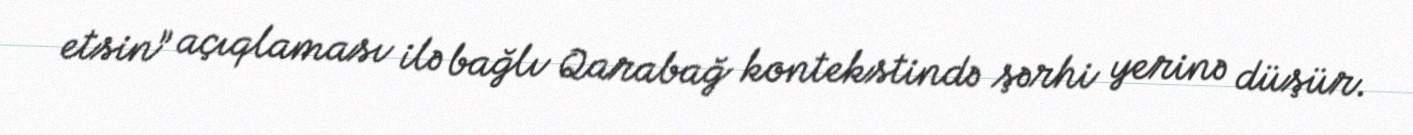
etsin” açıqlaması ilə bağlı Qarabağ kontekstində şərhi yerinə düşür.